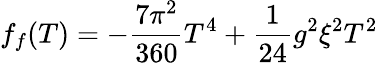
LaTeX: f_{f}(T)=-\frac{7\pi^{2}}{360}T^{4}+\frac{1}{24}g^{2}\xi^{2}T^{2}